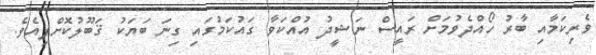
ވެރިކަމާއި ބާރު ހޯއްދެވުމަށް ރައީސް ނަޝީދު އުއްކަވާ ގައުކަމުގައި ގިނަ ބަޔަކު ޤަބޫލުކޮށްފިއެވެ.